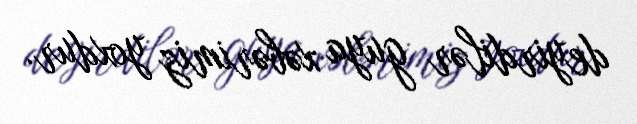
deyirdilər guya xəbərimiz yoxdur.